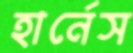
হার্নেস